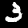
Digit: 3